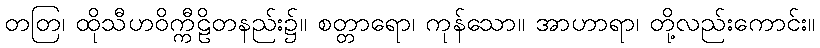
တတြ၊ ထိုသီဟဝိက္ကီဠိတနည်း၌။ စတ္တာရော၊ ကုန်သော။ အာဟာရာ၊ တို့လည်းကောင်း။